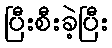
ပြီးစီးခဲ့ပြီး